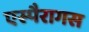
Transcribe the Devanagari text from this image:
एस्पैरागस